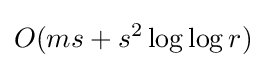
O(ms+s^{2}\log \log r)